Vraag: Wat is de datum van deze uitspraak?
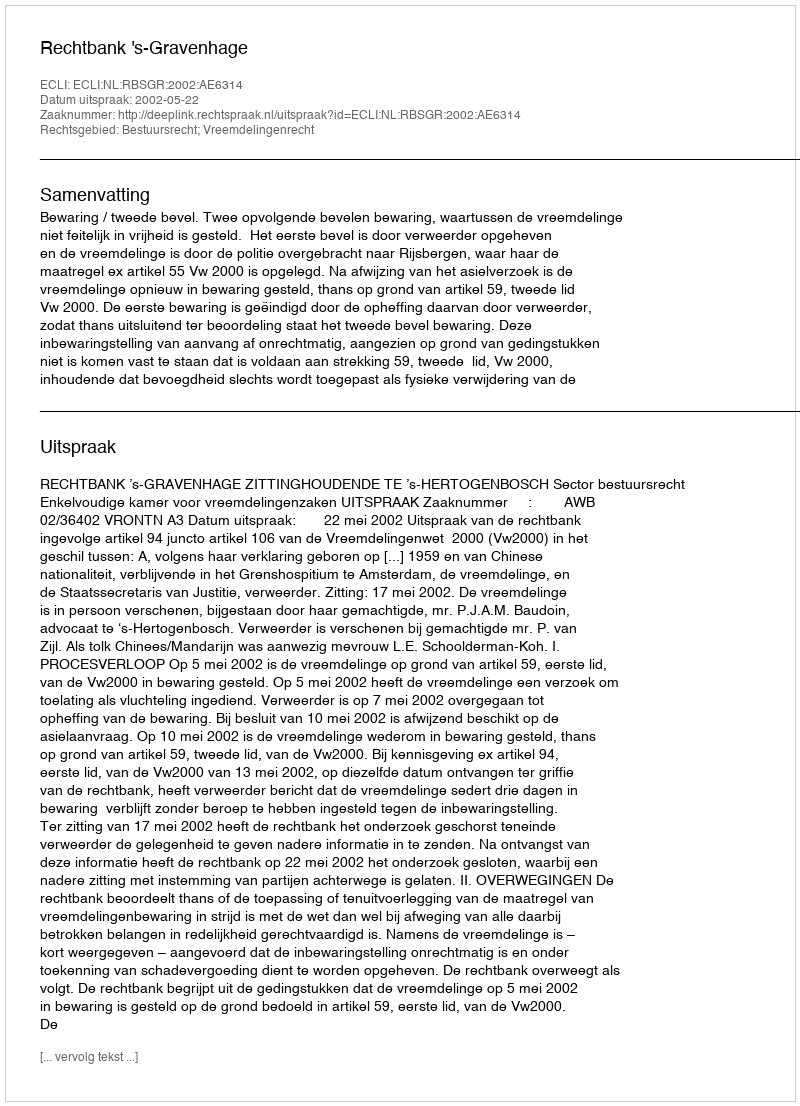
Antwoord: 2002-05-22